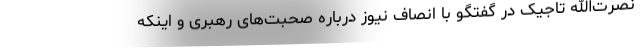
نصرت‌الله تاجیک در گفتگو با انصاف نیوز درباره صحبت‌های رهبری و اینکه